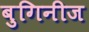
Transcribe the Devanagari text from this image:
बुगिनीज